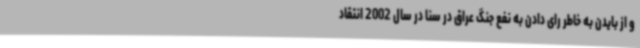
و از بایدن به خاطر رای دادن به نفع جنگ عراق در سنا در سال 2002 انتقاد